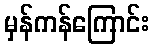
မှန်ကန်ကြောင်း